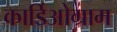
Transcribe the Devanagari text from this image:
कार्डिओग्राम